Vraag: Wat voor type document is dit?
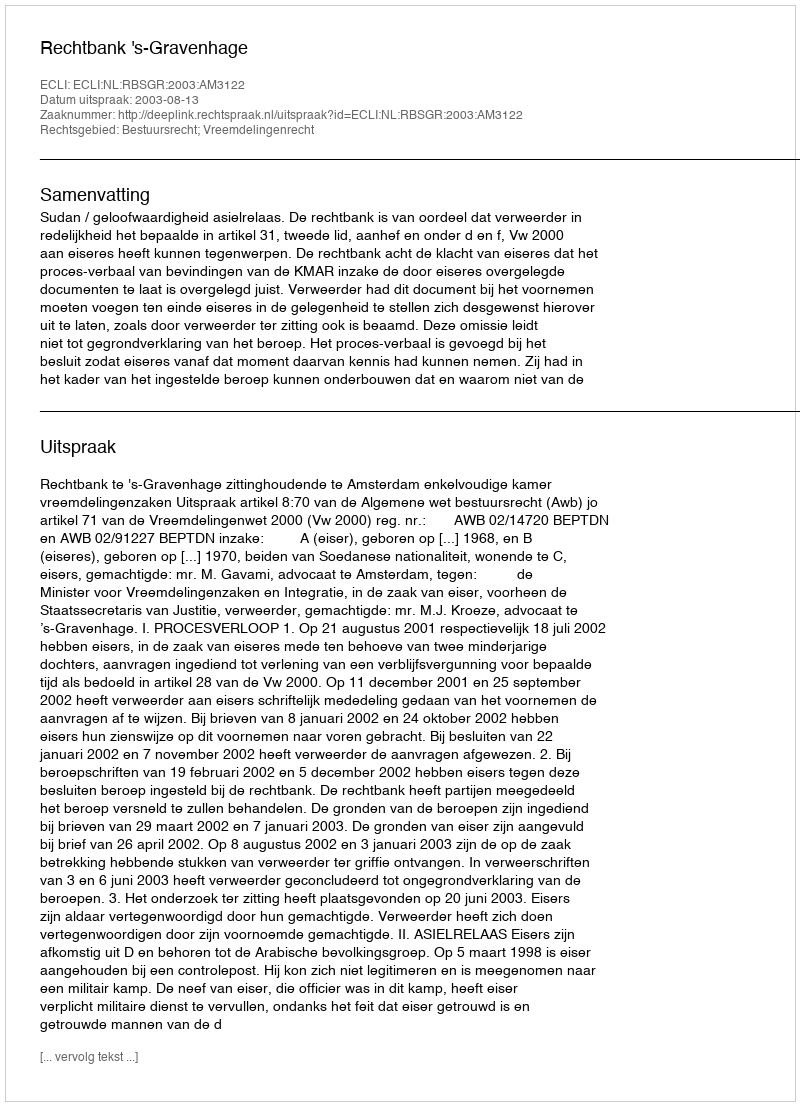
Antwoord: Uitspraak